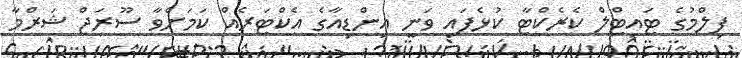
ފިލްމުގެ ޓައިޓްލް ކެރެކްޓާ ކުޅެފައި ވަނީ އިންޑިއާގެ އެކްޓަރެއް ކަމަށްވާ ސޫރަޖް ޝަރްމާ